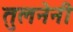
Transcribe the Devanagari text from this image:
तुलनेनी